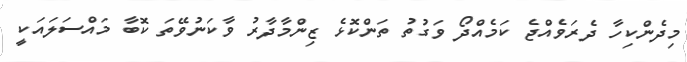
މިދެންކިހާ ދެރަވެއްޖެ ކަމެއްދޯ ވަގުތު ތަންކޮޅެ ޒިންމާދާރު ވާކަނުވޭތަ ކޮބާ މައްސަލައަކީ